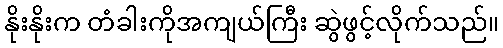
နိုးနိုးက တံခါးကိုအကျယ်ကြီး ဆွဲဖွင့်လိုက်သည်။